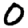
Digit: 0